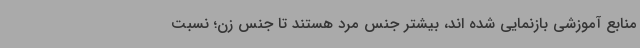
منابع آموزشی بازنمایی شده اند، بیشتر جنس مرد هستند تا جنس زن؛ نسبت